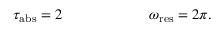
\tau _ { \mathrm { a b s } } = 2 ~ ~ ~ ~ ~ ~ ~ ~ ~ ~ ~ ~ ~ ~ ~ ~ ~ ~ \omega _ { \mathrm { r e s } } = 2 \pi .